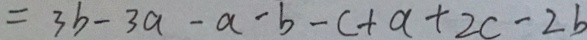
= 3 b - 3 a - a - b - c + a + 2 c - 2 b